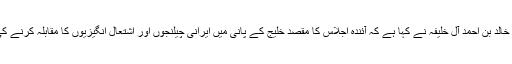
اسی سلسلہ میں بحرین کے وزیر خارجہ شیخ خالد بن احمد آل خلیفہ نے کہا ہے کہ آئندہ اجلاس کا مقصد خلیج کے پانی میں ایرانی چیلنجوں اور اشتعال انگیزیوں کا مقابلہ کرنے کی کیفیت کے سلسلہ میں تبادلہ خیال کرنا ہے۔